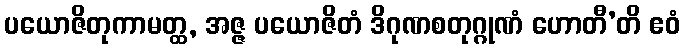
ပယောဇိတုကာမတ္ထ, အဇ္ဇ ပယောဇိတံ ဒိဂုဏစတုဂ္ဂုဏံ ဟောတီ’တိ ဧဝံ